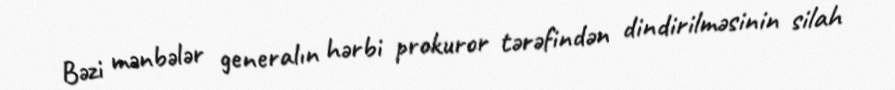
Bəzi mənbələr generalın hərbi prokuror tərəfindən dindirilməsinin silah